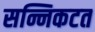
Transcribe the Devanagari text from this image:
सन्निकटत